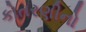
કોતરણીનો